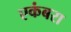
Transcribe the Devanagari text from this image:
एकंबरा